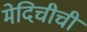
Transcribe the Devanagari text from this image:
मेदिचीची